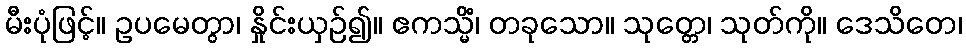
မီးပုံဖြင့်။ ဥပမေတွာ၊ နှိုင်းယှဉ်၍။ ဧကသ္မိံ၊ တခုသော။ သုတ္တေ၊ သုတ်ကို။ ဒေသိတေ၊